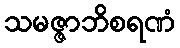
သမဇ္ဇာဘိစရဏံ